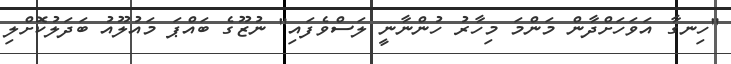
"ހިނގާ އަވަހަށްދާން މަންމަ މިހާރު ހުންނާނީ ލަސްވެފައި" ނުޒޫގެ ބައްޕަ މައުލޫއު ބަދަލުކޮށްލި